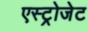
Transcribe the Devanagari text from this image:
एस्‍ट्रोजेट